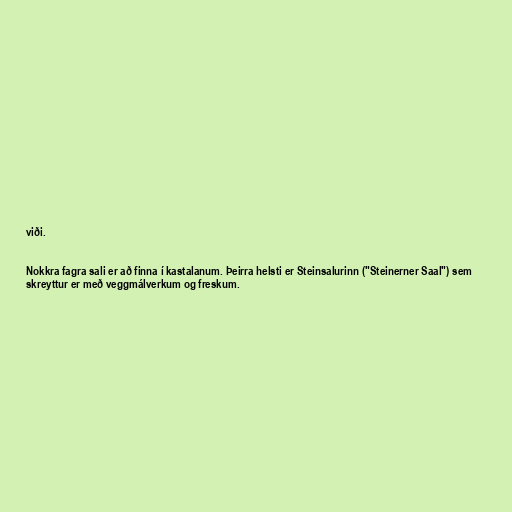
viði.

Nokkra fagra sali er að finna í kastalanum. Þeirra helsti er Steinsalurinn ("Steinerner Saal") sem
skreyttur er með veggmálverkum og freskum.